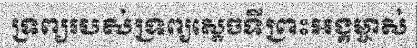
ទ្រព្យរបស់ទ្រព្យស្តេចទីព្រះអង្គម្ចាស់